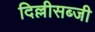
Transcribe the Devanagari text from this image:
दिल्लीसब्जी